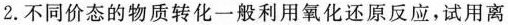
2.不同价态的物质转化一般利用氧化还原反应，试用离